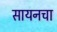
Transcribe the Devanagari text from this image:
सायनचा